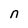
Character: n